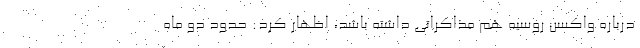
درباره واکسن روسیه هم مذاکراتی داشته باشد، اظهار کرد: حدود دو ماه